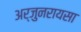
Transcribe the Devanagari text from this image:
अर्जुनरायसा